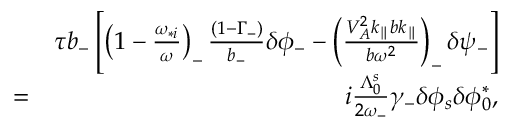
\begin{array} { r l r } & { } & { \tau b _ { - } \left[ \left( 1 - \frac { \omega _ { * i } } { \omega } \right) _ { - } \frac { ( 1 - \Gamma _ { - } ) } { b _ { - } } \delta \phi _ { - } - \left( \frac { V _ { A } ^ { 2 } k _ { \parallel } b k _ { \parallel } } { b \omega ^ { 2 } } \right) _ { - } \delta \psi _ { - } \right] } \\ & { = } & { i \frac { \Lambda _ { 0 } ^ { s } } { 2 \omega _ { - } } \gamma _ { - } \delta \phi _ { s } \delta \phi _ { 0 } ^ { * } , } \end{array}